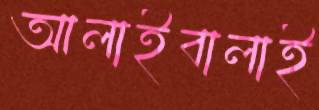
আলাইবালাই